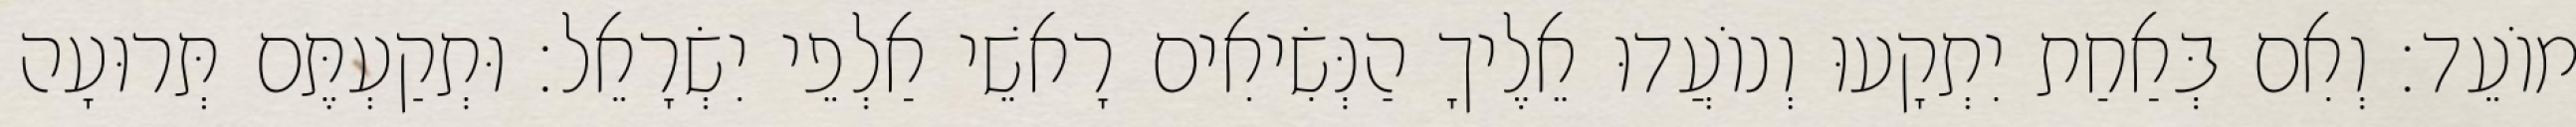
מוֹעֵד׃ וְאִם בְּאַחַת יִתְקָעוּ וְנוֹעֲדוּ אֵלֶיךָ הַנְּשִׂיאִים רָאשֵׁי אַלְפֵי יִשְׂרָאֵל׃ וּתְקַעְתֶּם תְּרוּעָה